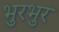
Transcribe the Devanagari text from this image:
भुरभुर